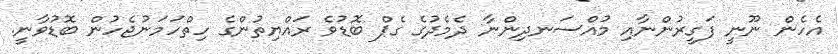
އެހެން ނޫނީ ފަގީރުންނާއި މުއްސަނދިންނާ ދެމެދުގެ ގެޕް ބޮޑުވެ ރައްޔިތުންގެ ހިތްހަމަނުޖެހުން ބޮޑުވާނީ.